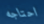
احتاجه